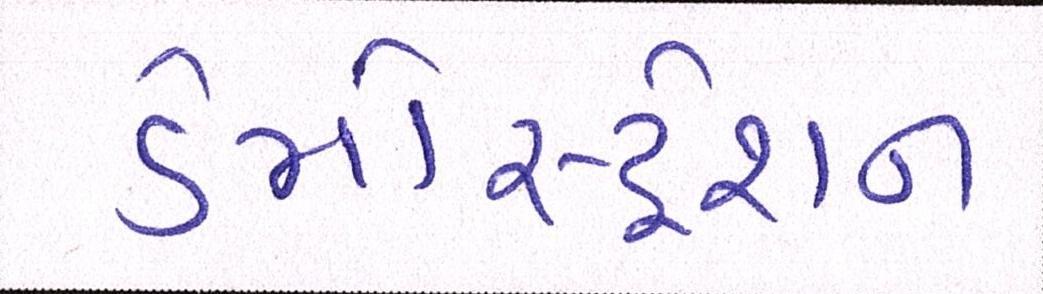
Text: ડેમોસ્ટ્રેશન